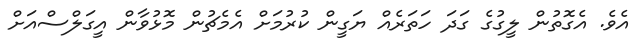
އެވެ. އެގޮތުން ލީގުގެ ގަދަ ހަތަރެއް ޔަގީން ކުރުމަށް އެމެޗުން މޮޅުވާން އީގަލްސްއަށް